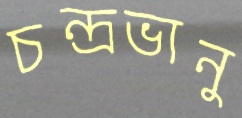
চন্দ্রভানু